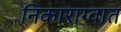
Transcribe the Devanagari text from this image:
निकाराग्वात